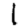
Digit: 1